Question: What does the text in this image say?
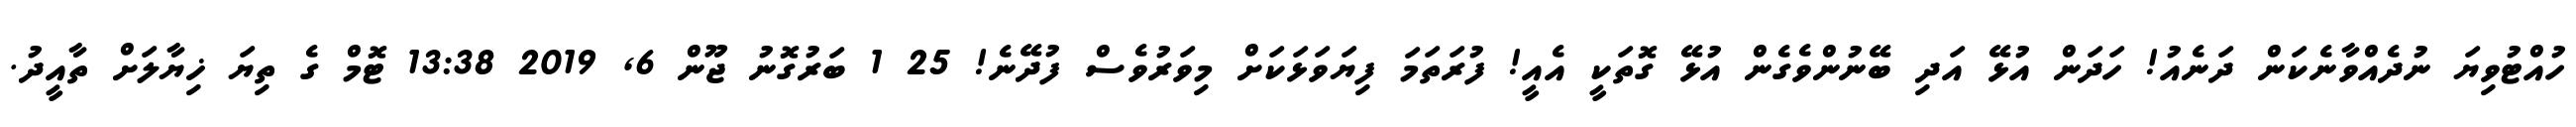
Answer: ހުއްޓުވިޔަ ނުދެއްވާނެކަން ދަނެއު! ހަދަން އުޅޭ އަދި ބޭނުންވެގެން އުޅޭ ގޮތަކީ އެއީ! ފުރަތަމަ ފިޔަވަޅަކަށް މިވަރުވެސް ފުދޭނެ! 25 1 ބަރުގޮނު ޖޫން 6, 2019 13:38 ޓޮމް ގެ ތިޔަ ޚިޔާލަށް ތާއީދު.